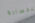
للخسارة